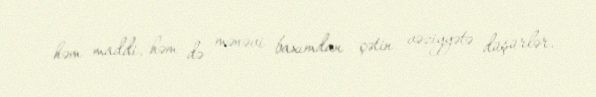
həm maddi, həm də mənəvi baxımdan çətin vəziyyətə düşürlər.